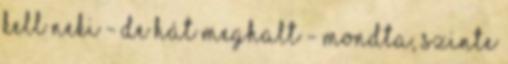
kell neki - De hát meghalt - mondta, szinte